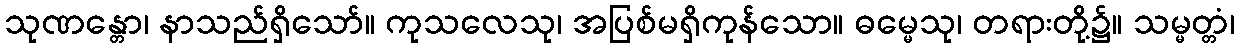
သုဏန္တော၊ နာသည်ရှိသော်။ ကုသလေသု၊ အပြစ်မရှိကုန်သော။ ဓမ္မေသု၊ တရားတို့၌။ သမ္မတ္တံ၊